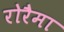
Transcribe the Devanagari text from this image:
रोरैमा